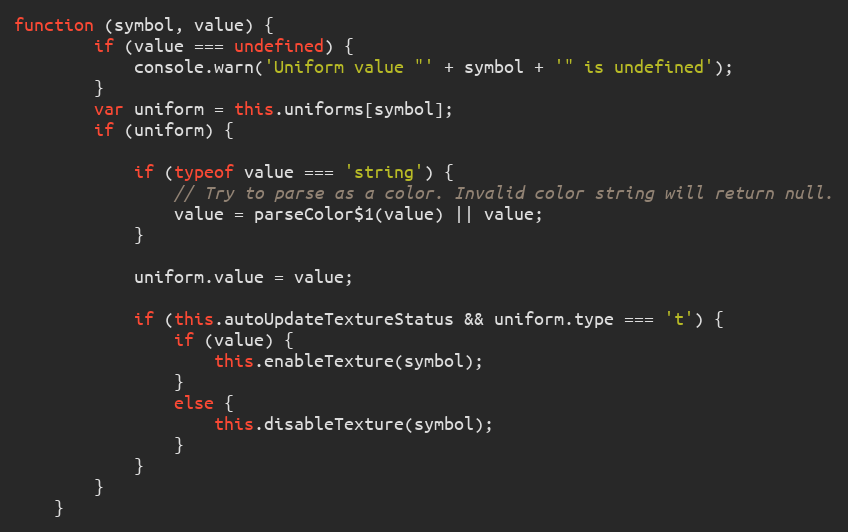
Language: JavaScript
function (symbol, value) {
        if (value === undefined) {
            console.warn('Uniform value "' + symbol + '" is undefined');
        }
        var uniform = this.uniforms[symbol];
        if (uniform) {

            if (typeof value === 'string') {
                // Try to parse as a color. Invalid color string will return null.
                value = parseColor$1(value) || value;
            }

            uniform.value = value;

            if (this.autoUpdateTextureStatus && uniform.type === 't') {
                if (value) {
                    this.enableTexture(symbol);
                }
                else {
                    this.disableTexture(symbol);
                }
            }
        }
    }